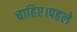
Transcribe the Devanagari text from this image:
चाहिए।पहले